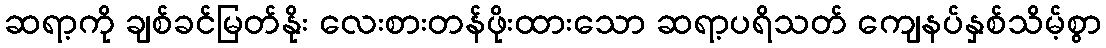
ဆရာ့ကို ချစ်ခင်မြတ်နိုး လေးစားတန်ဖိုးထားသော ဆရာ့ပရိသတ် ကျေနပ်နှစ်သိမ့်စွာ